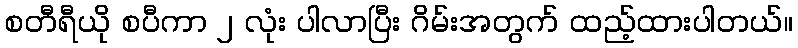
စတီရီယို စပီကာ ၂ လုံး ပါလာပြီး ဂိမ်းအတွက် ထည့်ထားပါတယ်။